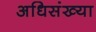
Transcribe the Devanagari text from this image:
अधिसंख्या